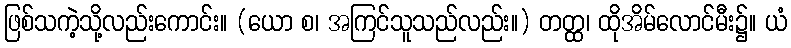
ဖြစ်သကဲ့သို့လည်းကောင်း။ (ယော စ၊ အကြင်သူသည်လည်း။) တတ္ထ၊ ထိုအိမ်လောင်မီး၌။ ယံ